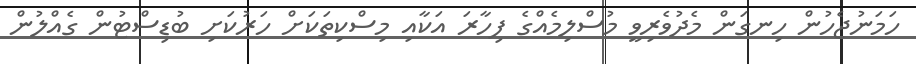
ހަަމަނުޖެހުން ހިނގަން މެދުވެރިވީ މުސްލިމެއްގެ ފިހާރަ އަކާއި މިސްކިތަކަށް ހަރުކަށި ބުޑިސްޓުން ގެއްލުން